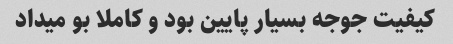
کیفیت جوجه بسیار پایین بود و کاملا بو میداد